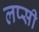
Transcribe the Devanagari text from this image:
लप्सी